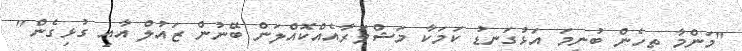
"މަންމާ ތިހެން ބުނީމަ އަޅުގަނޑު ކަމަކާ މަޝްވަރާއެއްކޮއްލަން ބޭނުން ޒައުލް އާއި ގުޅިގެން"